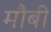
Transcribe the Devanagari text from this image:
मौबी